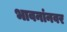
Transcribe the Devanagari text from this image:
भावनांनवर